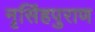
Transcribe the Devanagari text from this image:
नृसिंहपुराण